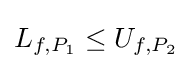
L_{f,P_{1}}\leq U_{f,P_{2}}